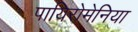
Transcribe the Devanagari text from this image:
पायिरोमेनिया